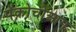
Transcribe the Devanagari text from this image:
पॅकोचोआग